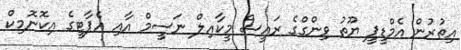
އިތުރުން އެމްޑީޕީ ޔޫތު ވިންގްގެ ރައީސް މީކާއިލް ނަސީމް އާއި އެޕާޓީގެ އިކޮނޮމިކް